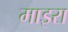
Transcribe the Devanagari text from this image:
माइरा